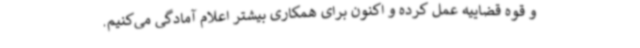
و قوه قضاییه عمل کرده و اکنون برای همکاری بیشتر اعلام آمادگی می‌کنیم.